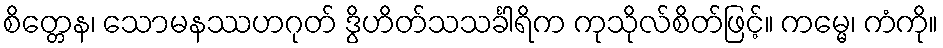
စိတ္တေန၊ သောမနဿဟဂုတ် ဒွိဟိတ်သသင်္ခါရိက ကုသိုလ်စိတ်ဖြင့်။ ကမ္မေ၊ ကံကို။